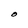
Character: O